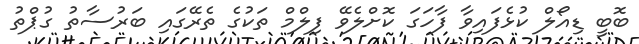
ބޮބީ ޑިއޯލް ކުޅެފައިވާ ފާހަގަ ކޮށްލެވޭ ފިލްމް ތަކުގެ ތެރޭގައި ބަރުސާތު ގުޕްތު